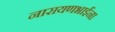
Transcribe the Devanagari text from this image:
नारायणभाईंना